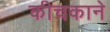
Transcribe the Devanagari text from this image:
कीचकाने